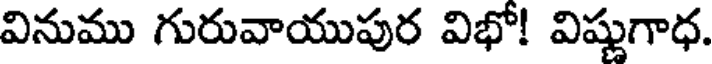
వినుము గురువాయుపుర విభో! విష్ణుగాధ.